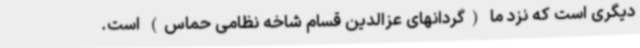
دیگری است که نزد ما (گردانهای عزالدین قسام شاخه نظامی حماس) است.